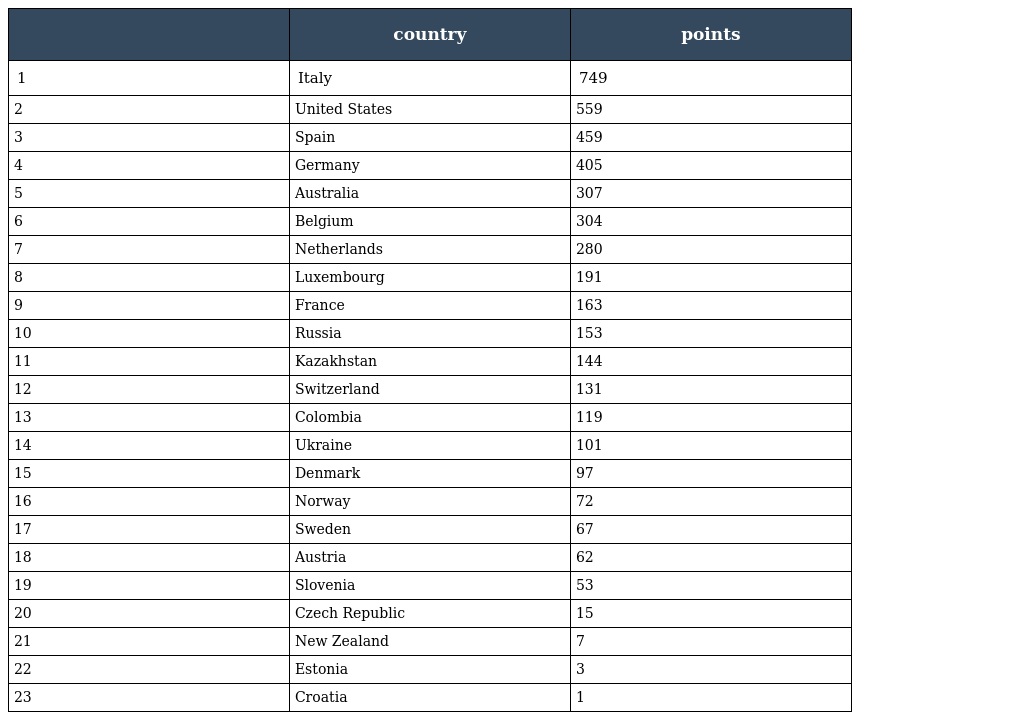
|  | country | points |
 | --- | --- | --- |
 | 1 | Italy | 749 |
 | 2 | United States | 559 |
 | 3 | Spain | 459 |
 | 4 | Germany | 405 |
 | 5 | Australia | 307 |
 | 6 | Belgium | 304 |
 | 7 | Netherlands | 280 |
 | 8 | Luxembourg | 191 |
 | 9 | France | 163 |
 | 10 | Russia | 153 |
 | 11 | Kazakhstan | 144 |
 | 12 | Switzerland | 131 |
 | 13 | Colombia | 119 |
 | 14 | Ukraine | 101 |
 | 15 | Denmark | 97 |
 | 16 | Norway | 72 |
 | 17 | Sweden | 67 |
 | 18 | Austria | 62 |
 | 19 | Slovenia | 53 |
 | 20 | Czech Republic | 15 |
 | 21 | New Zealand | 7 |
 | 22 | Estonia | 3 |
 | 23 | Croatia | 1 |